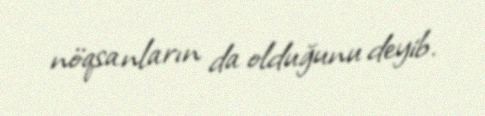
nöqsanların da olduğunu deyib.